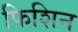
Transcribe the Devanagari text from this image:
फिशिन